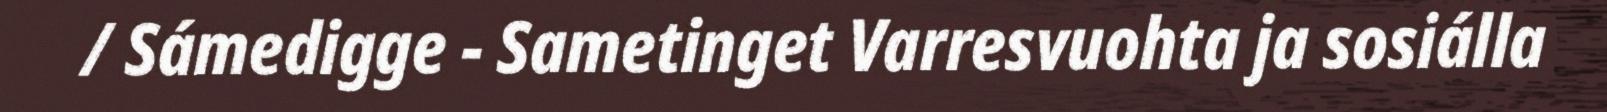
/ Sámedigge - Sametinget Varresvuohta ja sosiálla